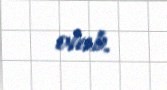
olub.